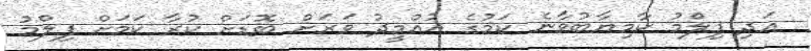
އަދި ފިލްމު ކާމިޔާބުވާނެ ކަމުގެ އުއްމީދު ވަރަށް ބޮޑަށް ކުރާ ކަމަށް ފިލްމު